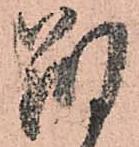
朔